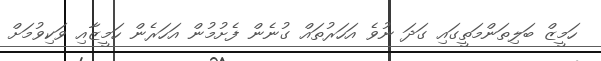
ހަމީޒް ބަލިތަންމަތީގައި ގަދަ ނުވެ އަހަރުތައް ގުނެން ފެށުމުން އަހަރެން ހަމީޒާއި ވަކިވުމަށް